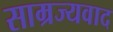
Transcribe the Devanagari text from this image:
साम्रज्यवाद